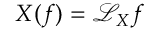
X ( f ) = { \mathcal { L } } _ { X } f